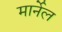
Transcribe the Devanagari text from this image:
मार्नेल